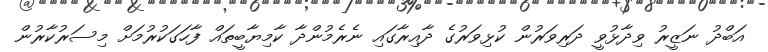
އަބްދު ނަޒީރު ވިދާޅުވީ ދަރިވަރުން ކުޅިވަރުގެ ދާއިރާގައި ނެރެމުންދާ ކާމިޔާބީތައް ފާހަގަކުރުމަށް މިސަރުކާރުން